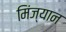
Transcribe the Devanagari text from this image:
मिंज्यान